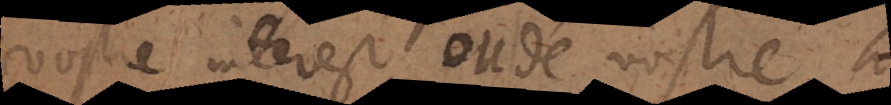
vostre interest ou de vostre